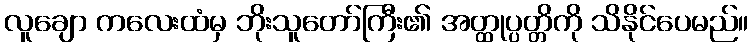
လူချော ကလေးထံမှ ဘိုးသူတော်ကြီး၏ အတ္ထုပ္ပတ္တိကို သိနိုင်ပေမည်။